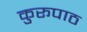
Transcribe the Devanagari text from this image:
कुरूपाठ